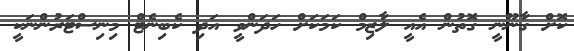
ކޮށް ގާނޫނީ ގޮތުން އެއީ ލާޒިމް ކަމަކަށް ހަދަންވީ އަދި ކެބިނެޓް މިނިސްޓަރުންނަކީ